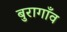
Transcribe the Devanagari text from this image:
बुरागाँव